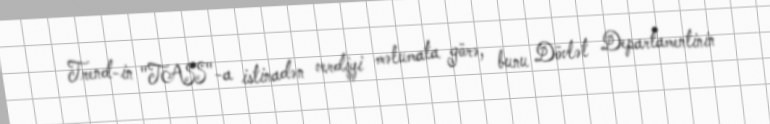
Trend-in "TASS"-a istinadən verdiyi məlumata görə, bunu Dövlət Departamentinin